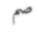
صم